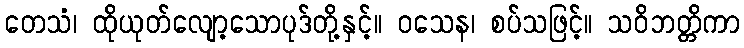
တေသံ၊ ထိုယုတ်လျော့သောပုဒ်တို့နှင့်။ ဝသေန၊ စပ်သဖြင့်။ သဝိဘတ္တိကာ